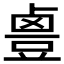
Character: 𱊻